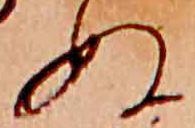
ぬ